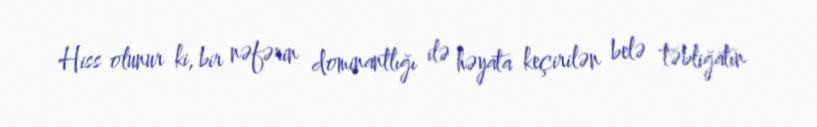
Hiss olunur ki, bir nəfərin dominantlığı ilə həyata keçirilən belə təbliğatın